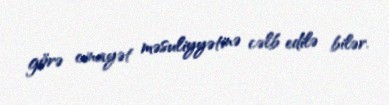
görə cinayət məsuliyyətinə cəlb edilə bilər.